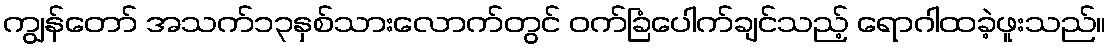
ကျွန်တော် အသက်၁၃နှစ်သားလောက်တွင် ဝက်ခြံပေါက်ချင်သည့် ရောဂါထခဲ့ဖူးသည်။